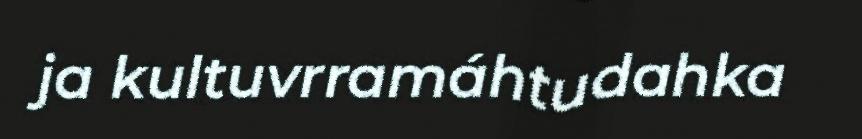
ja kultuvrramáhtudahka